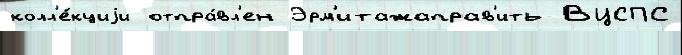
колл'е́кциjи отпра́вл'ен Эрм'итажаправ'ить ВЦСПС